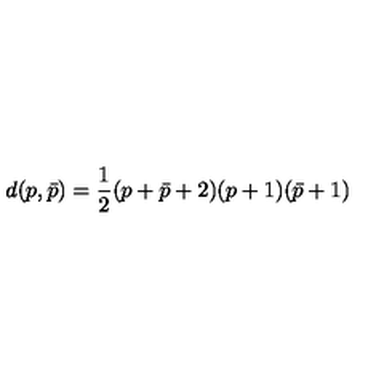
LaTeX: d ( p , \bar { p } ) = { \frac { 1 } { 2 } } ( p + \bar { p } + 2 ) ( p + 1 ) ( \bar { p } + 1 )